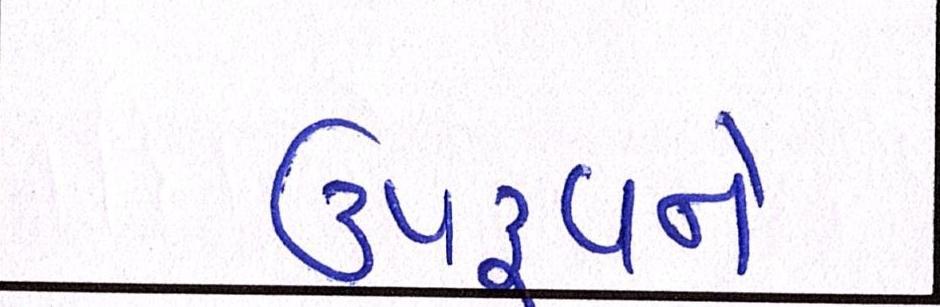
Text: ઉપદ્રવને